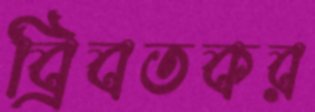
ব্রিবতকর